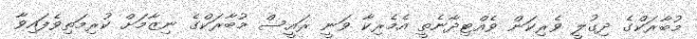
މުބާރަކްގެ ދިގުލީ ވެރިކަން ވެއްޓިދާނެތީ އެމެރިކާ ވަނީ ރައީސް މުބާރަކްގެ ނިޒާމަށް ކުރިމަތިވެފައިވާ